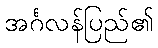
အင်္ဂလန်ပြည်၏